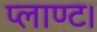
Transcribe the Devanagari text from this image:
प्लाण्ट।